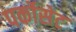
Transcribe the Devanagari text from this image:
पर्कोसेट